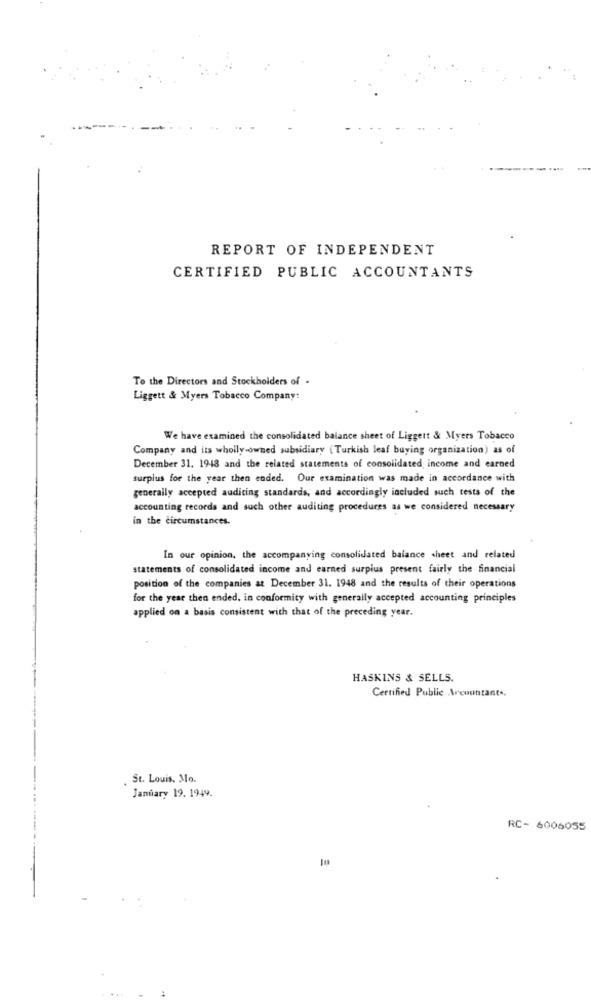
REPORT OF INDEPENDENT
CERTIFIED PUBLIC ACCOUNTANTS
To the Directors and Stockholders of .
Liggett & Myers Tobacco Company:
We have examined the consolidated balance sheet of Liggett & Myers Tobacco
Company and its wholly-owned subsidiary (Turkish leaf buying organization) as of
December 31. 1948 and the related statements of consolidated, income and earned
surplus for the year then ended. Our examination was made in accordance with
generally accepted auditing standards, and accordingly included such tests of the
accounting records and such other auditing procedures as we considered necessary
in the circumstances.
In our opinion, the accompanying consolidated balance sheet and related
statements of consolidated income and earned surplus present fairly the financial
position of the companies at December 31. 1948 and the results of their operations
for the year then ended, in conformity with generally accepted accounting principles
applied on a basis consistent with that of the preceding year.
HASKINS & SELLS.
Certified Public Arcountants.
. St. Louis, Mo.
January 19. 1949.
---
RC- 6006055